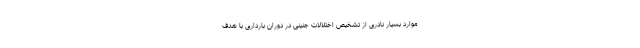
موارد بسیار نادری از تشخیص اختلالات جنینی در دوران بارداری با هدف